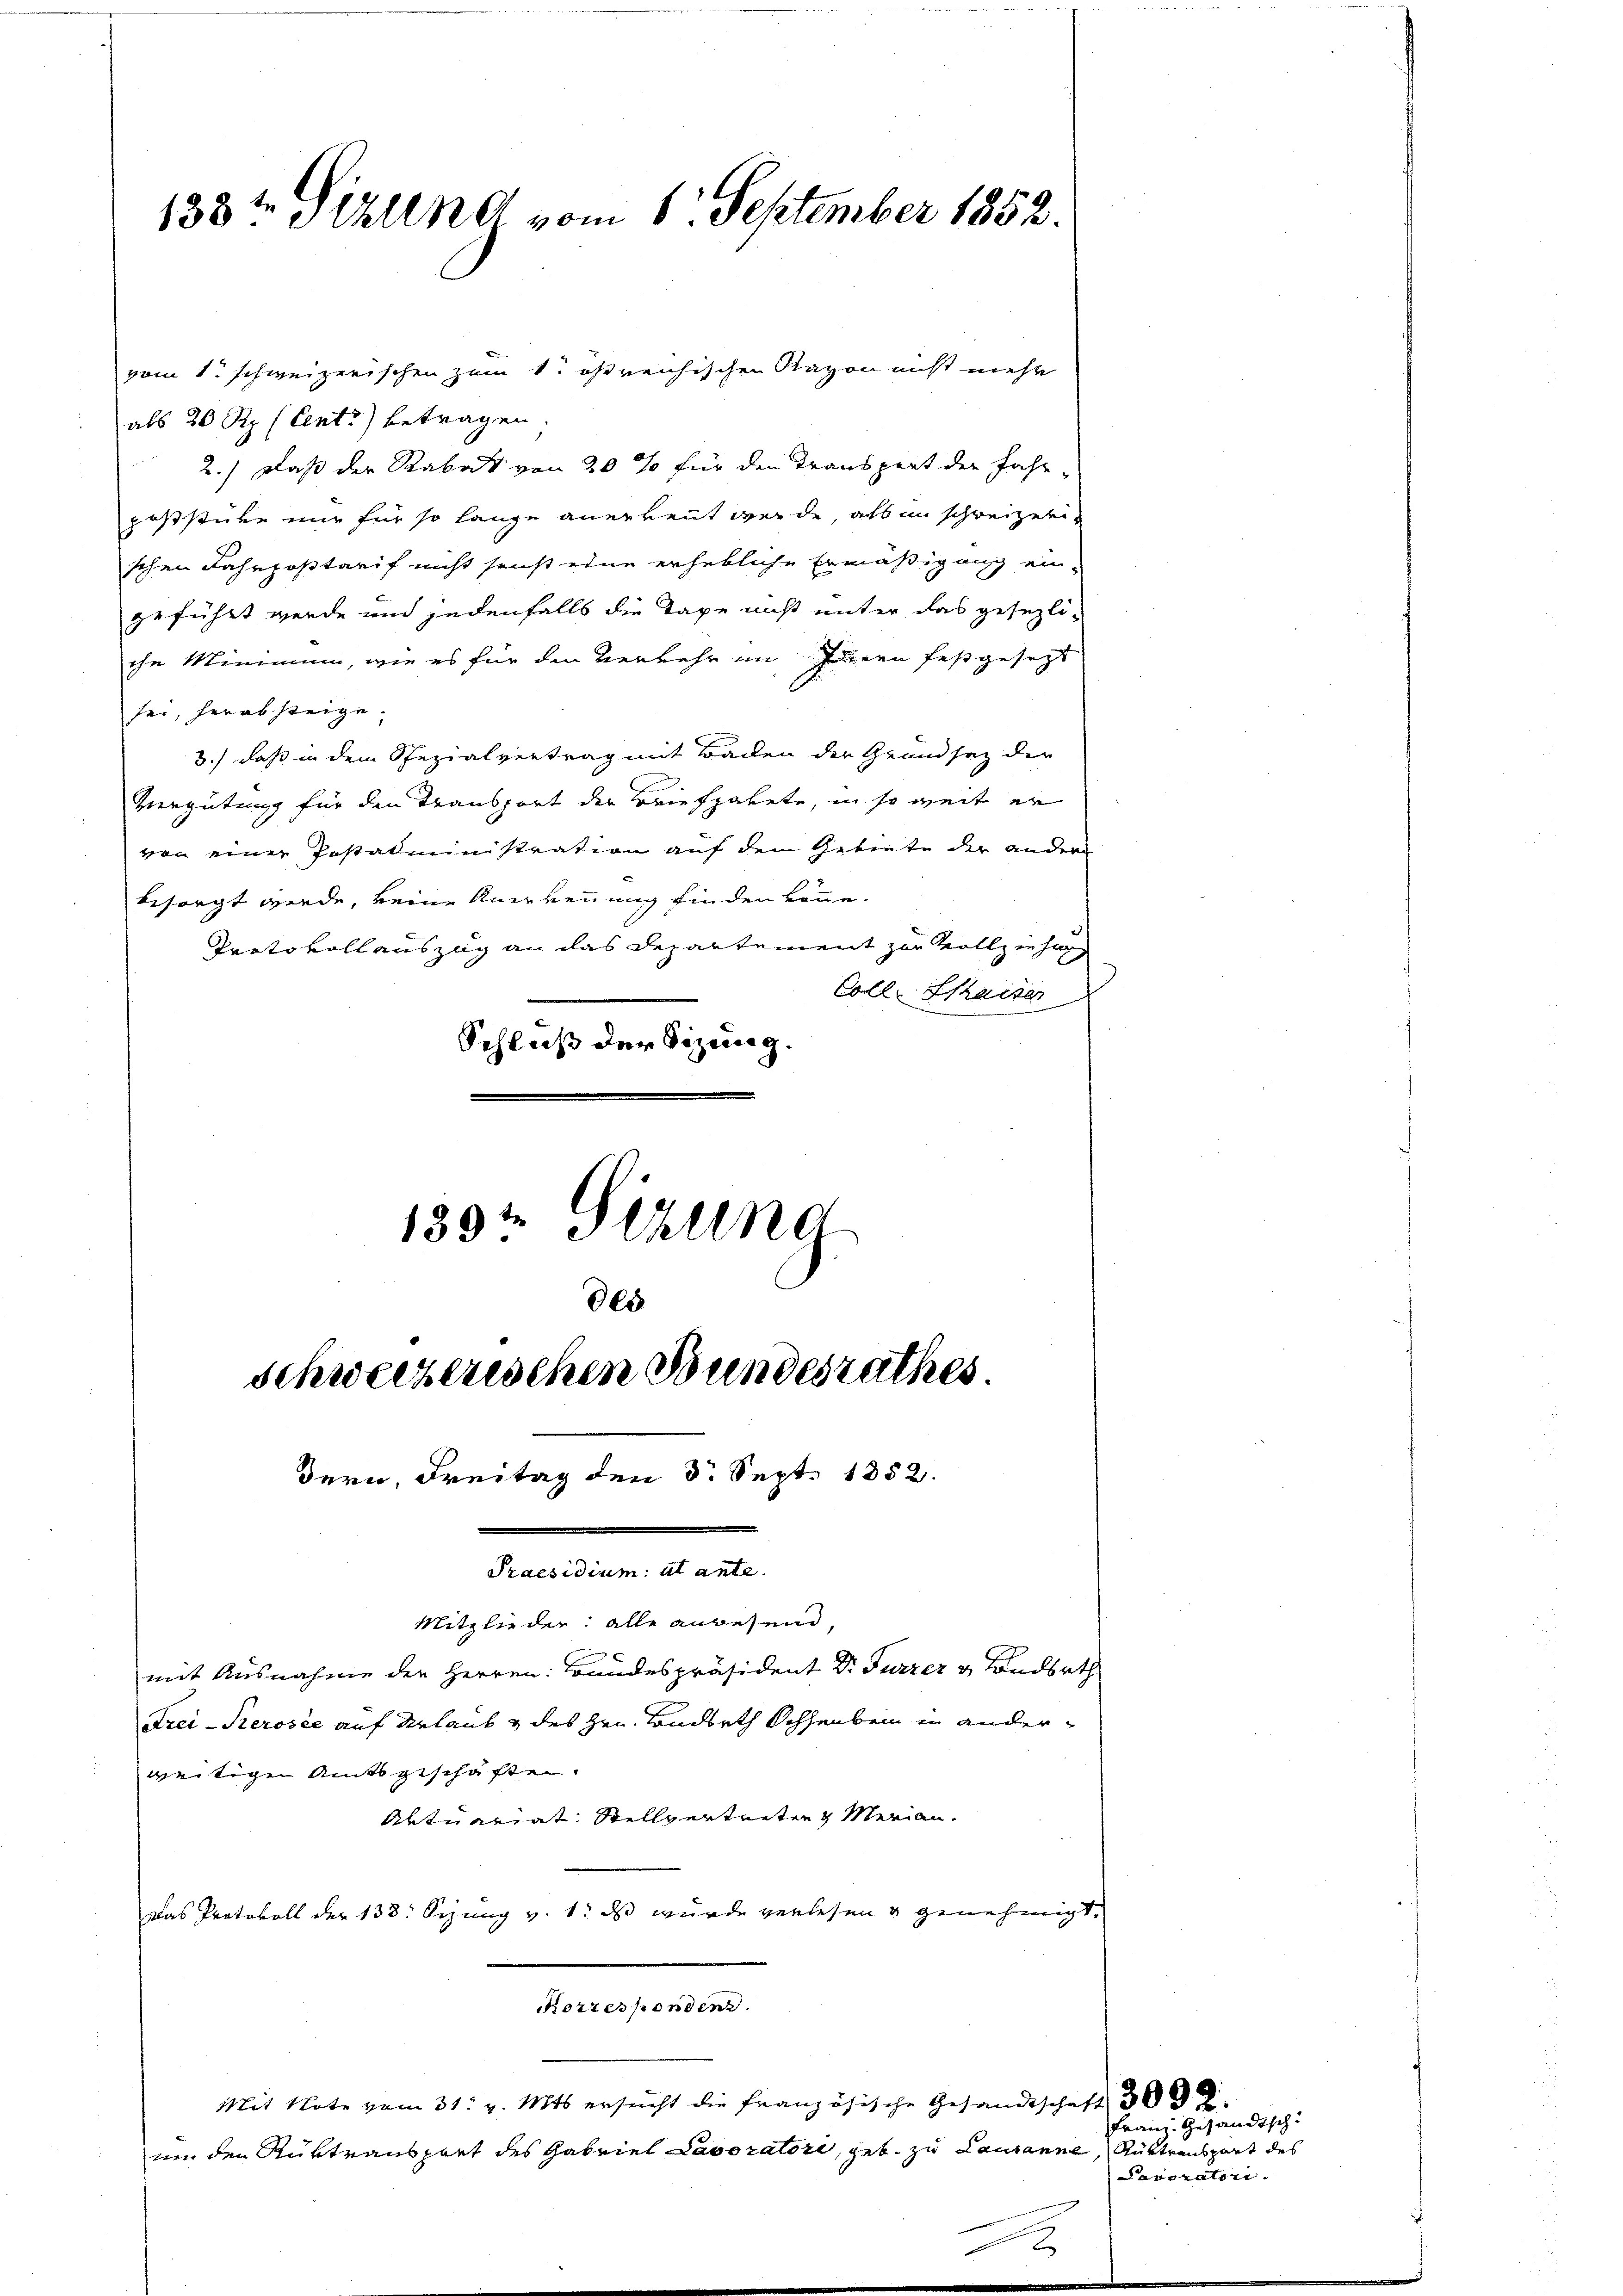
138t Sizung vom 6. September 1852.

als 20 Rp. (Lent) betragen.
2.) Daß der Rabat von 20 % für den Transport der Jahr-
poststüre nur für so lange anerkennt werde, als in schweizerischen Fahrpostarif nicht sonst eine erhebliche Ermäßigung ein-
geführt werde und jedenfalls die Taxe nicht unter das gesezli-
ihe Minimum, wie es für den Verkehr im Innern festgesezt
sei, herabsteige.
3.) daß in dem Spezialvertrag mit Backen der Grundsatz der
Vergütung für den Transport der Briefpakete, in so weit er
von einer Postadministration auf dem Gebiete der andern
besorgt werde, keine Anerkennung finden könne.
Protokoll auszug an das Departement zur Vollziehung
Coll. Streiter
Schluß der Sitzung.
1894 Sizung

des

vom 1. schweizerischen zum 1. östreichischen Rayon nicht mehr

mit Ausnahme der Herren: Bandespräsident Dr. Furzer & Landsrth
Frei-Kerosée auf Urlaub & des Hrn. Landbeth Schenbein in anderweitige Amtsgeschäften.
Aktuariat Stellvertreten Merian¬
Das Protokoll der 138. Sizung v. 1. ds wurde verlesen & genehmigt.
Korrespondenz.
Mit Note vom 31. v. Mts. ersŭcht die französische Gesandtschaft 3000
von den Rüktransport des Gabriel Laboratori, geb. zu Lausanne, Rüttransport des

Schweizerischen Bundesrathes
Bern, Freitag den 3. Sept. 1852.
Praesidium al ante.
Mitglieder: alle anwesend,

Franz Gesandtsch
Decoratori.